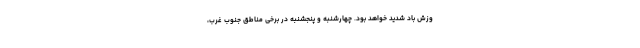
وزش باد شدید خواهد بود. چهارشنبه و پنجشنبه در برخی مناطق جنوب غرب،